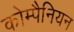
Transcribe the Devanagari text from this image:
कोम्पैनियन